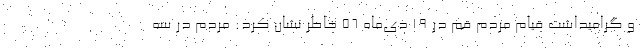
و گرامیداشت قیام مردم قم در ۱۹ دی‌ماه ۵۶ خاطر نشان کرد: مردم در سه